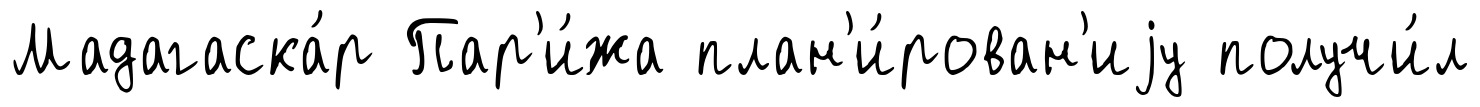
Мадагаска́р Пар'и́жа план'и́рован'иjу получи́л